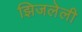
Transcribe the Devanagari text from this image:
झिजलेली